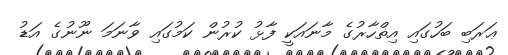
ޢަރަބި ބަހުގައި އިޡްހާރުގެ މާނައަކީ ފާޅު ކުރުން ކަމުގައި ވާނަމަ ނޫނުގެ އަޑު